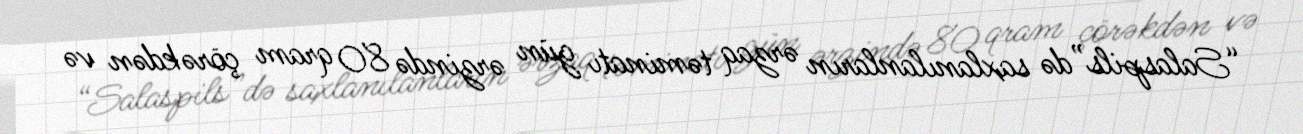
“Salaspils”də saxlanılanların ərzaq təminatı gün ərzində 80 qram çörəkdən və